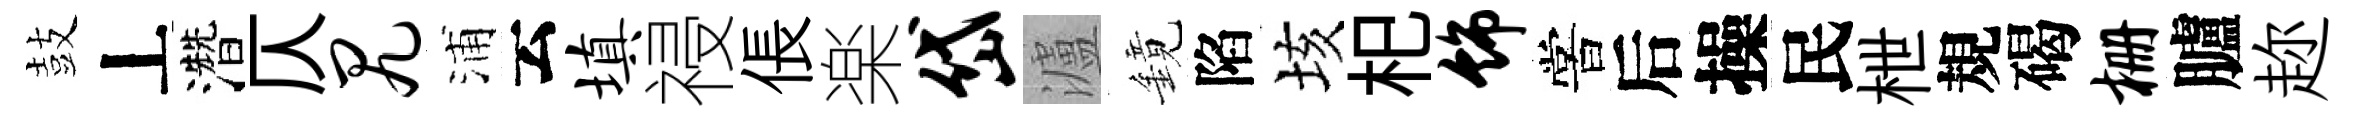
鼓丄濳仄尻浦云填祲倀楽岱瀘鏡陷垓𣏌饰嘗后操民枻規碣栅臚趂